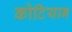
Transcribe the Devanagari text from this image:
कोटियान